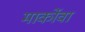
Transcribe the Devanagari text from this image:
मार्कोवा